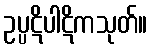
ဥပ္ပဋိပါဋိကသုတ်။